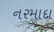
નરમાદા